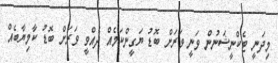
މިދަނީ ޓެކްނީޝަނުން ވަނީ ވަރަށް ބޮޑު ޔަގީންކަމެއް ދެއްވީ ވަރަށް ބޮޑު ކާމިޔާބެއް